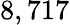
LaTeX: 8,717